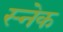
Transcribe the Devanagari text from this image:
स्‍नेक